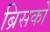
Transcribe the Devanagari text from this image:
ब्रिसको